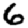
Digit: 6